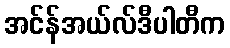
အင်န်အယ်လ်ဒီပါတီက